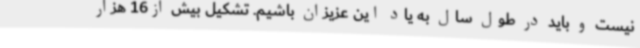
نیست و باید در طول سال به یاد این عزیزان باشیم. تشکیل بیش از16 هزار